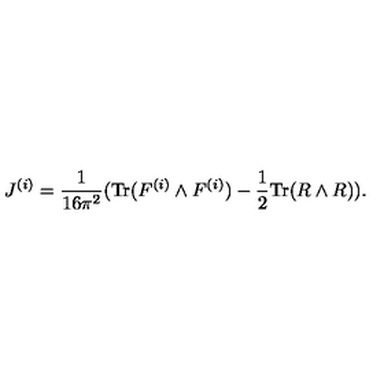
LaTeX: J ^ { ( i ) } = \frac { 1 } { 1 6 \pi ^ { 2 } } ( \mathrm { T r } ( F ^ { ( i ) } \wedge F ^ { ( i ) } ) - \frac { 1 } { 2 } \mathrm { T r } ( R \wedge R ) ) .